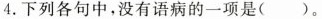
4.下列各句中，没有语病的一项是()。